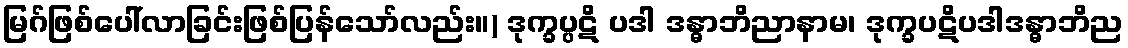
မြဂ်ဖြစ်ပေါ်လာခြင်းဖြစ်ပြန်သော်လည်း။) ဒုက္ခပ္ပဋိ ပဒါ ဒန္ဓာဘိညာနာမ၊ ဒုက္ခပဋိပဒါဒန္ဓာဘိည